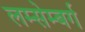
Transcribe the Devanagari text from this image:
लम्सेम्बर्ग